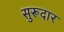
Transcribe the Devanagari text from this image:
सुरूदार